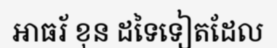
អាធរ័ ខុន ដទៃទៀតដែល